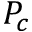
P _ { c }